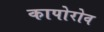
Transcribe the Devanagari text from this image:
कापोरोव